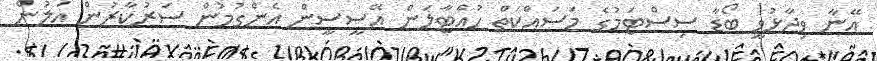
އޭނާ ވިދާޅުވީ ބޯޑާ ސިސްޓަމުގެ މަސައްކަތް ހުއްޓާލަން އޭސީސީން އެންގުމުން ސަރުކާރުން އަލުން